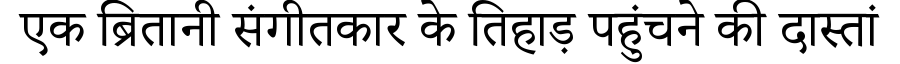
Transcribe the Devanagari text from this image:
एक ब्रितानी संगीतकार के तिहाड़ पहुंचने की दास्तां